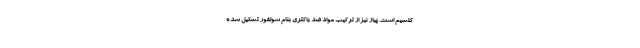
کلسیم است. پیاز نیز از ترکیب مواد ضد باکتری بنام سولفور تشکیل شده